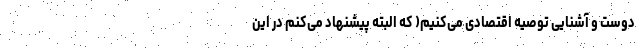
دوست و آشنایی توصیه اقتصادی می‌کنیم( که البته پیشنهاد می‌کنم در این